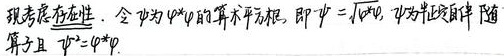
现考虑存在性。令 \(\psi\) 为 \(\varphi^{*}\varphi\) 的算术平方根，即 \(\psi = \sqrt{\varphi^{*}\varphi}\)，\(\psi\) 为半正定的自伴算子且 \(\psi^{2}=\varphi^{*}\varphi\)。